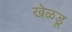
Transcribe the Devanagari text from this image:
खेळडू